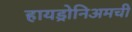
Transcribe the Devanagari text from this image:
हायड्रोनिअमची